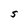
Character: S